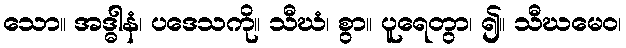
သော။ အဒ္ဓါနံ၊ ပဒေသကို။ သီဃံ၊ စွာ။ ပူရေတွာ၊ ၍။ သီဃမေဝ၊